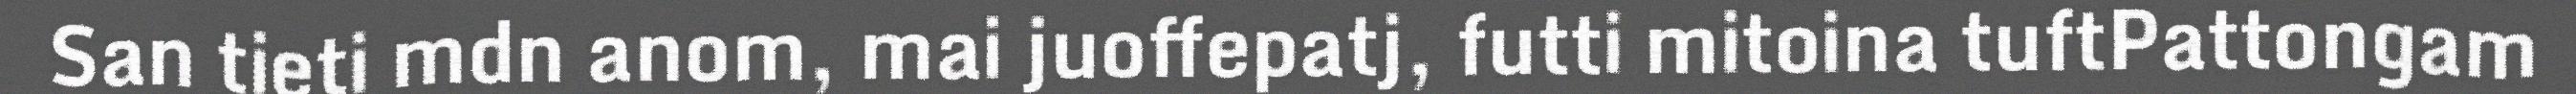
San tieti mdn anom, mai juoffepatj, futti mitoina tuftPattongam